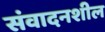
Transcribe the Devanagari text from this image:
संवादनशील